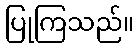
ပြုကြသည်။